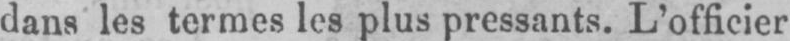
dans les termes les plus pressants. L’officier